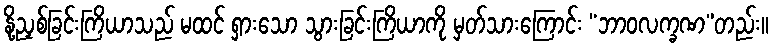
နို့ညှစ်ခြင်းကြိယာသည် မထင် ရှားသော သွားခြင်းကြိယာကို မှတ်သားကြောင်း “ဘာဝလက္ခဏ”တည်း။